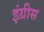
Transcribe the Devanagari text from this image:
इंग्रीस